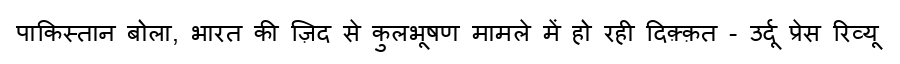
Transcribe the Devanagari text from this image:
पाकिस्तान बोला, भारत की ज़िद से कुलभूषण मामले में हो रही दिक़्क़त - उर्दू प्रेस रिव्यू